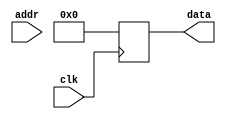
`timescale 1ns / 1ps

// Stores 8-bit color data for blank cell image

module blank_cell_rom(
//input
clk, addr,
//output
data
);

input wire clk;
input [12:0] addr;


output reg [7:0] data;

always @ (posedge clk)
begin

data <= 8'b00000000;

end

endmodule